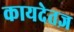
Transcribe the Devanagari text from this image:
कायदेतज्ञ